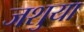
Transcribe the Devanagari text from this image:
जशुया